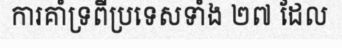
ការគាំទ្រពីប្រទេសទាំង ២៧ ដែល